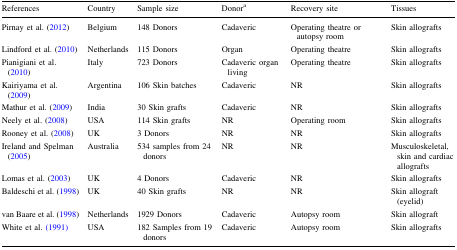
<table><thead><tr><td><b>References</b></td><td><b>Country</b></td><td><b>Sample size</b></td><td><b>Donor<sup>a</sup></b></td><td><b>Recovery site</b></td><td><b>Tissues</b></td></tr></thead><tbody><tr><td>Pirnay et al. (2012)</td><td>Belgium</td><td>148 Donors</td><td>Cadaveric</td><td>Operating theatre or autopsy room</td><td>Skin allografts</td></tr><tr><td>Lindford et al. (2010)</td><td>Netherlands</td><td>115 Donors</td><td>Organ</td><td>Operating theatre</td><td>Skin allografts</td></tr><tr><td>Pianigiani et al. (2010)</td><td>Italy</td><td>723 Donors</td><td>Cadaveric organ living</td><td>Operating theatre</td><td>Skin allografts</td></tr><tr><td>Kairiyama et al. (2009)</td><td>Argentina</td><td>106 Skin batches</td><td>Cadaveric</td><td>NR</td><td>Skin allografts</td></tr><tr><td>Mathur et al. (2009)</td><td>India</td><td>30 Skin grafts</td><td>Cadaveric</td><td>NR</td><td>Skin allografts</td></tr><tr><td>Neely et al. (2008)</td><td>USA</td><td>114 Skin grafts</td><td>NR</td><td>Operating room</td><td>Skin allografts</td></tr><tr><td>Rooney et al. (2008)</td><td>UK</td><td>3 Donors</td><td>NR</td><td>NR</td><td>Skin allografts</td></tr><tr><td>Ireland and Spelman (2005)</td><td>Australia</td><td>534 samples from 24 donors</td><td>NR</td><td>NR</td><td>Musculoskeletal, skin and cardiac allografts</td></tr><tr><td>Lomas et al. (2003)</td><td>UK</td><td>4 Donors</td><td>Cadaveric</td><td>NR</td><td>Skin allografts</td></tr><tr><td>Baldeschi et al. (1998)</td><td>UK</td><td>40 Skin grafts</td><td>NR</td><td>NR</td><td>Skin allograft (eyelid)</td></tr><tr><td>van Baare et al. (1998)</td><td>Netherlands</td><td>1929 Donors</td><td>Cadaveric</td><td>Autopsy room</td><td>Skin allograft</td></tr><tr><td>White et al. (1991)</td><td>USA</td><td>182 Samples from 19 donors</td><td>Cadaveric</td><td>Autopsy room</td><td>Skin allografts</td></tr></tbody></table>